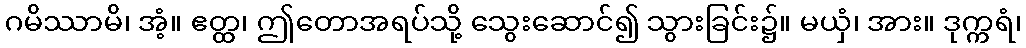
ဂမိဿာမိ၊ အံ့။ ဧတ္ထ၊ ဤတောအရပ်သို့ သွေးဆောင်၍ သွားခြင်း၌။ မယှံ၊ အား။ ဒုက္ကရံ၊